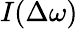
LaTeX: I(\Delta\omega)